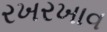
રખરખાવ